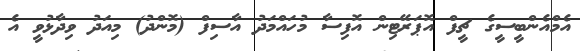
އެމްއެންބީސީގެ ޗީފް އޮޕަރޭޓިން އޮފިސާ މުހައްމަދު އާސިފް (މޮންދު) މިއަދު ވިދާޅުވީ އެ